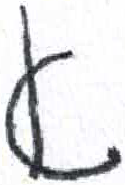
אות: א